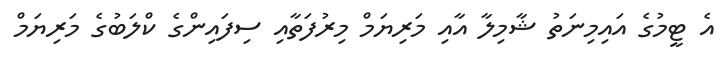
އެ ޓީމުގެ އައިމިނަތު ޝާމިލާ އާއި މަރިޔަމް މިރުފަތާއި ސިފައިންގެ ކްލަބުގެ މަރިޔަމް